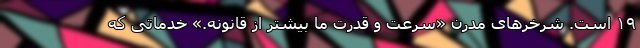
۱۹ است. شرخرهای مدرن «سرعت و قدرت ما بیشتر از قانونه.» خدماتی‌ که